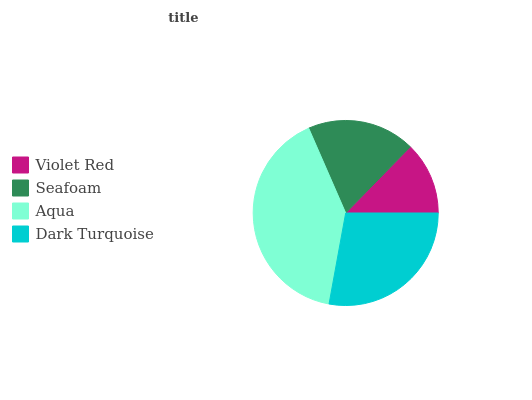
| Violet Red | Seafoam | Aqua | Dark Turquoise |
 | --- | --- | --- | --- |
 | 12.7% | 18.8% | 40.6% | 27.9% |